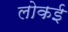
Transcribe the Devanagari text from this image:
लोकई